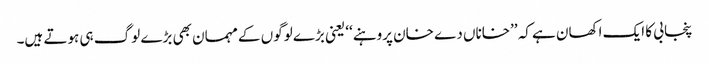
پنجابی کا ایک اکھان ہے کہ ’’خاناں دے خان پروہنے‘‘ یعنی بڑے لوگوں کے مہمان بھی بڑے لوگ ہی ہوتے ہیں۔